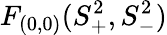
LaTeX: F_{(0,0)}(S_{{+}}^{2},S_{{-}}^{2})